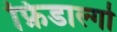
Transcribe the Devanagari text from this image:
फ़िडाल्गो